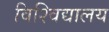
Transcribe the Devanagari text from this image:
विश्‍विद्यालय